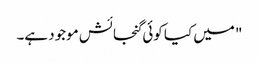
" میں کیا کوئی گنجائش موجود ہے۔